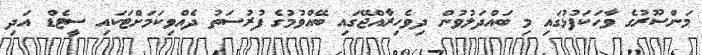
މަންސޫރުގެ ވާހަކަފުޅުގައި މި ބައްދަލުވުން ދިވެހިރާއްޖޭގައި ބޭއްވުމުގެ ފުރުސަތު ދެއްވިކަމަށްޓަކައި ސީޓެޑް އަދި